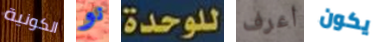
الكونية نو للوحدة أعرف يكون